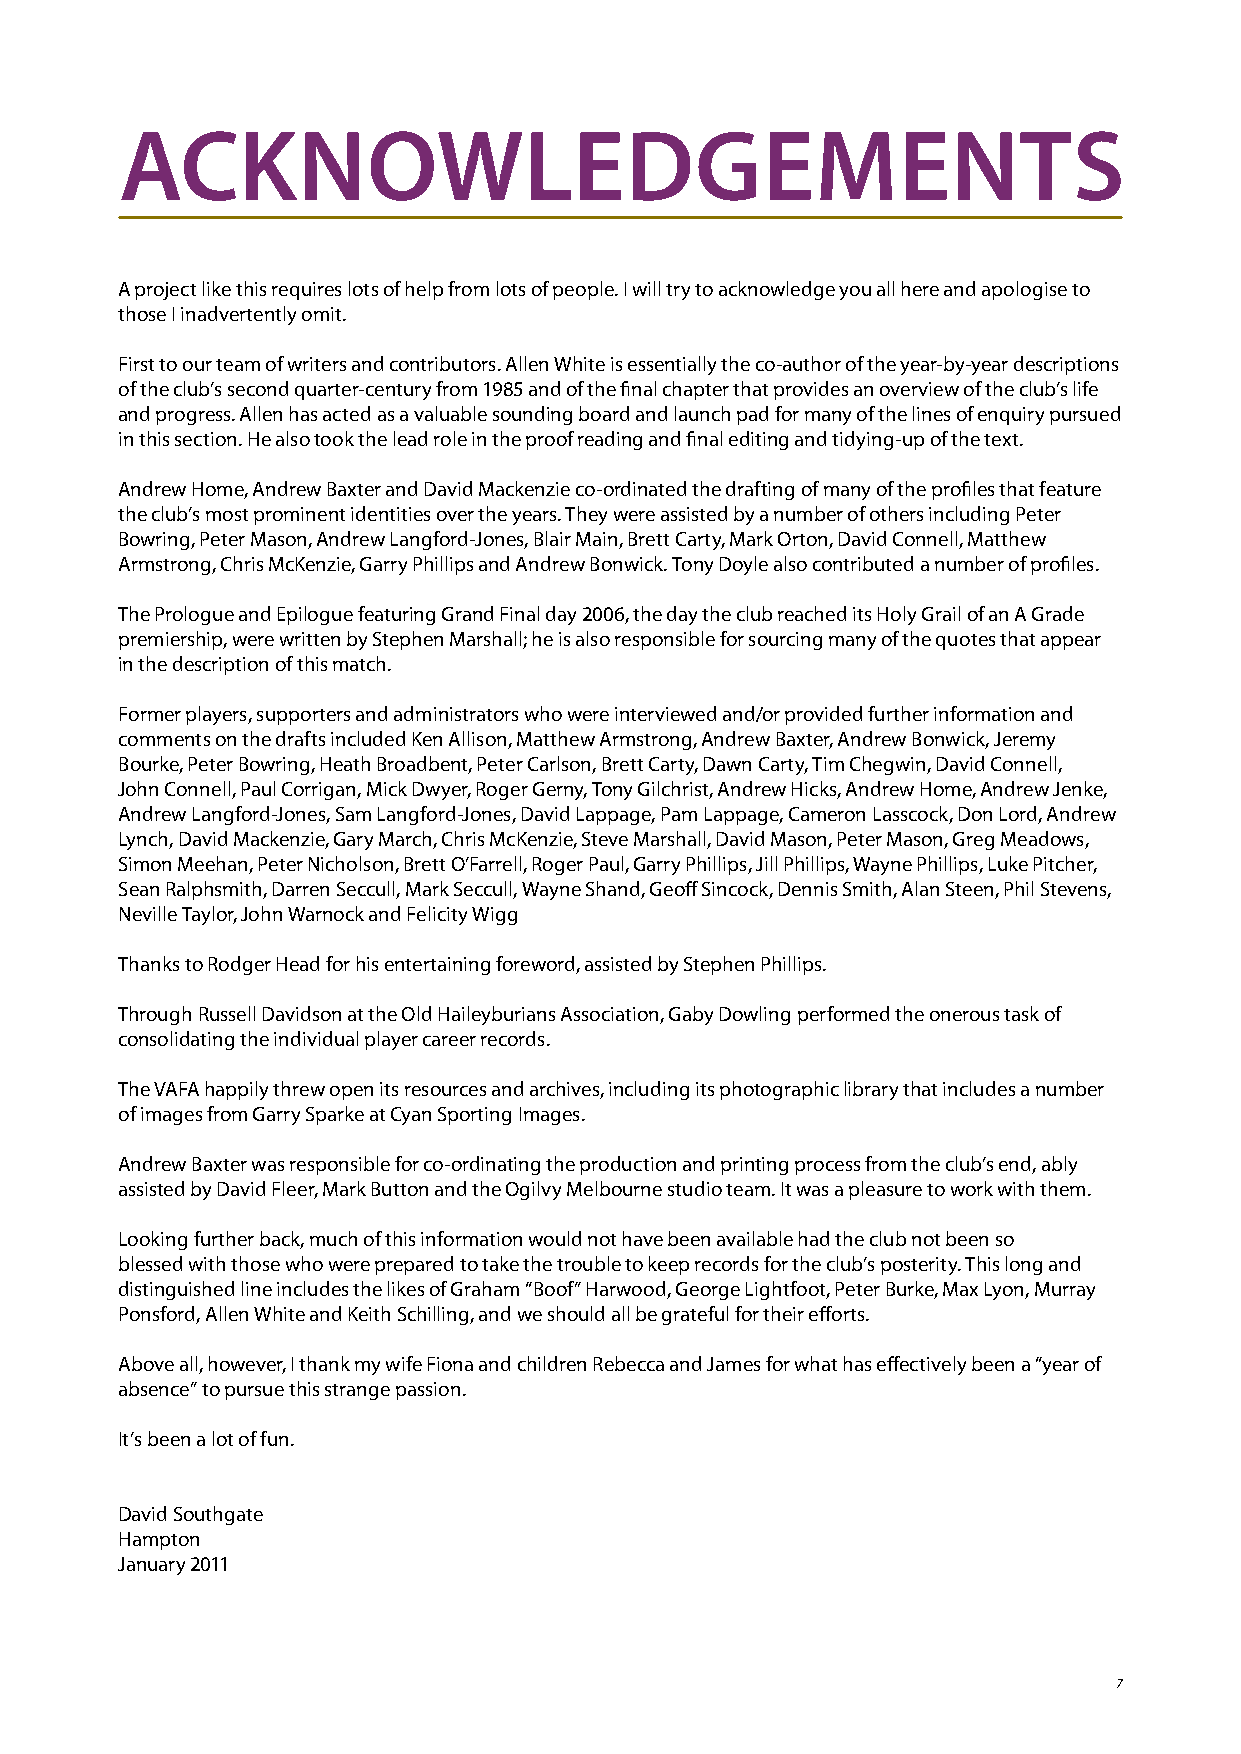
ACkNOwLEDgEmENTS
 A project like this requires lots of help from lots of people. I will try to acknowledge you all here and apologise to
 those I inadvertently omit.
 First to our team of writers and contributors. Allen White is essentially the co-author of the year-by-year descriptions
 of the club’s second quarter-century from 1985 and of the final chapter that provides an overview of the club’s life
 and progress. Allen has acted as a valuable sounding board and launch pad for many of the lines of enquiry pursued
 in this section. He also took the lead role in the proof reading and final editing and tidying-up of the text.
 Andrew Home, Andrew Baxter and David Mackenzie co-ordinated the drafting of many of the profiles that feature
 the club’s most prominent identities over the years. They were assisted by a number of others including Peter
 Bowring, Peter Mason, Andrew Langford-Jones, Blair Main, Brett Carty, Mark Orton, David Connell, Matthew
 Armstrong, Chris McKenzie, Garry Phillips and Andrew Bonwick. Tony Doyle also contributed a number of profiles.
 The Prologue and Epilogue featuring Grand Final day 2006, the day the club reached its Holy Grail of an A Grade
 premiership, were written by Stephen Marshall; he is also responsible for sourcing many of the quotes that appear
 in the description of this match.
 Former players, supporters and administrators who were interviewed and/or provided further information and
 comments on the drafts included Ken Allison, Matthew Armstrong, Andrew Baxter, Andrew Bonwick, Jeremy
 Bourke, Peter Bowring, Heath Broadbent, Peter Carlson, Brett Carty, Dawn Carty, Tim Chegwin, David Connell,
 John Connell, Paul Corrigan, Mick Dwyer, Roger Gerny, Tony Gilchrist, Andrew Hicks, Andrew Home, Andrew Jenke,
 Andrew Langford-Jones, Sam Langford-Jones, David Lappage, Pam Lappage, Cameron Lasscock, Don Lord, Andrew
 Lynch, David Mackenzie, Gary March, Chris McKenzie, Steve Marshall, David Mason, Peter Mason, Greg Meadows,
 Simon Meehan, Peter Nicholson, Brett O’Farrell, Roger Paul, Garry Phillips, Jill Phillips, Wayne Phillips, Luke Pitcher,
 Sean Ralphsmith, Darren Seccull, Mark Seccull, Wayne Shand, Geoff Sincock, Dennis Smith, Alan Steen, Phil Stevens,
 Neville Taylor, John Warnock and Felicity Wigg
 Thanks to Rodger Head for his entertaining foreword, assisted by Stephen Phillips.
 Through Russell Davidson at the Old Haileyburians Association, Gaby Dowling performed the onerous task of
 consolidating the individual player career records.
 The VAFA happily threw open its resources and archives, including its photographic library that includes a number
 of images from Garry Sparke at Cyan Sporting Images.
 Andrew Baxter was responsible for co-ordinating the production and printing process from the club’s end, ably
 assisted by David Fleer, Mark Button and the Ogilvy Melbourne studio team. It was a pleasure to work with them.
 Looking further back, much of this information would not have been available had the club not been so
 blessed with those who were prepared to take the trouble to keep records for the club’s posterity. This long and
 distinguished line includes the likes of Graham “Boof” Harwood, George Lightfoot, Peter Burke, Max Lyon, Murray
 Ponsford, Allen White and Keith Schilling, and we should all be grateful for their efforts.
 Above all, however, I thank my wife Fiona and children Rebecca and James for what has effectively been a “year of
 absence” to pursue this strange passion.
 It’s been a lot of fun.
 David Southgate
 Hampton
 January 2011
 7